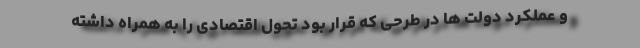
و عملکرد دولت ها در طرحی که قرار بود تحول اقتصادی را به همراه داشته